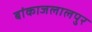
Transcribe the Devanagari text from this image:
बांकाजलालपुर